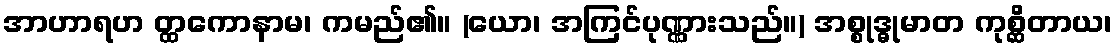
အာဟာရဟ တ္ထကောနာမ၊ ကမည်၏။ (ယော၊ အကြင်ပုဏ္ဏားသည်။) အစ္စုဒ္ဓုမာတ ကုစ္ဆိတာယ၊